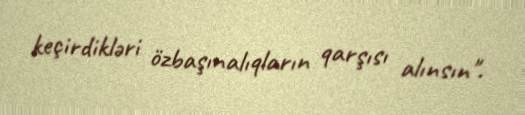
keçirdikləri özbaşınalıqların qarşısı alınsın".